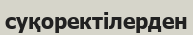
суқоректілерден